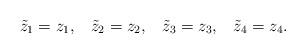
LaTeX: \begin{align*}{\tilde z}_1=z_1,\;\;\;{\tilde z}_2=z_2,\;\;\;{\tilde z}_3=z_3,\;\;\;{\tilde z}_4=z_4.\end{align*}